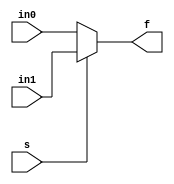
// A combinational logic example

module mux21 (in1, in0, s, f);

   input in1, in0, s;
   output reg f;

  always @ (in1 or in0 or s) //comma can be used or whole thing can be replaced by *
     if (s)
       f = in1;
     else
       f = in0;

endmodule